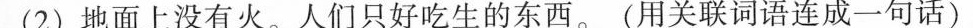
(2)地面上没有火。人们只好吃生的东西。(用关联词语连成一句话)